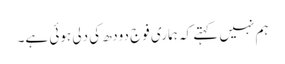
ہم نہیں کہتے کہ ہماری فوج دودھ کی دلی ہوئی ہے۔